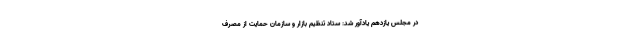
در مجلس یازدهم یادآور شد: ستاد تنظیم بازار و سازمان حمایت از مصرف